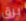
برق